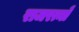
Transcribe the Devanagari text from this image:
राजरत्नों